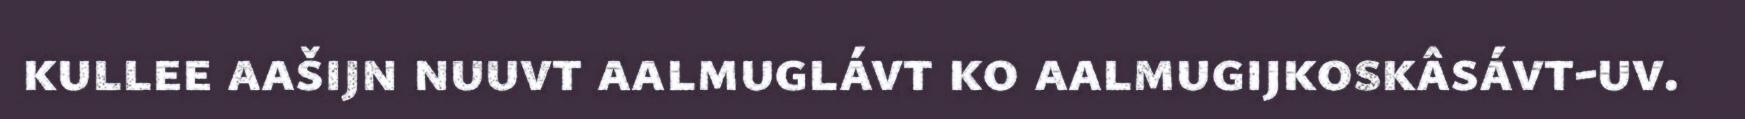
kullee aašijn nuuvt aalmuglávt ko aalmugijkoskâsávt-uv.